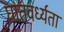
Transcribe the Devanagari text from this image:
घातवर्ध्यता